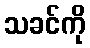
သခင်ကို